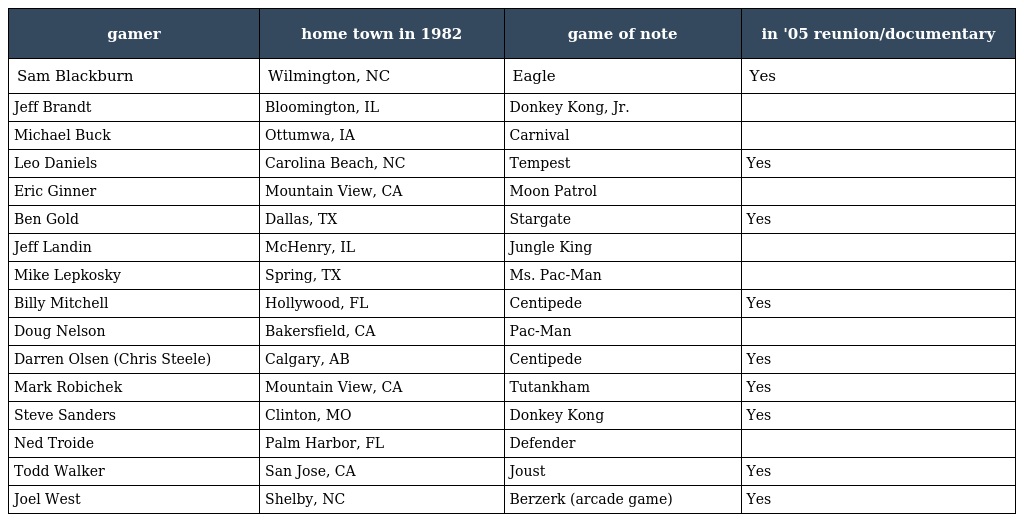
| gamer | home town in 1982 | game of note | in '05 reunion/documentary |
 | --- | --- | --- | --- |
 | Sam Blackburn | Wilmington, NC | Eagle | Yes |
 | Jeff Brandt | Bloomington, IL | Donkey Kong, Jr. |  |
 | Michael Buck | Ottumwa, IA | Carnival |  |
 | Leo Daniels | Carolina Beach, NC | Tempest | Yes |
 | Eric Ginner | Mountain View, CA | Moon Patrol |  |
 | Ben Gold | Dallas, TX | Stargate | Yes |
 | Jeff Landin | McHenry, IL | Jungle King |  |
 | Mike Lepkosky | Spring, TX | Ms. Pac-Man |  |
 | Billy Mitchell | Hollywood, FL | Centipede | Yes |
 | Doug Nelson | Bakersfield, CA | Pac-Man |  |
 | Darren Olsen (Chris Steele) | Calgary, AB | Centipede | Yes |
 | Mark Robichek | Mountain View, CA | Tutankham | Yes |
 | Steve Sanders | Clinton, MO | Donkey Kong | Yes |
 | Ned Troide | Palm Harbor, FL | Defender |  |
 | Todd Walker | San Jose, CA | Joust | Yes |
 | Joel West | Shelby, NC | Berzerk (arcade game) | Yes |